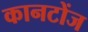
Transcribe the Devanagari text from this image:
कानटोंज